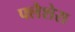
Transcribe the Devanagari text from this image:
फ्लैशेस